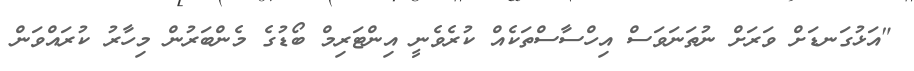
"އަޅުގަނޑަށް ވަރަށް ނުތަނަވަސް އިހްސާސްތަކެއް ކުރެވެނީ އިންޓަރިމް ބޯޑުގެ މެންބަރުން މިހާރު ކުރައްވަން